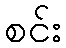
စင်း